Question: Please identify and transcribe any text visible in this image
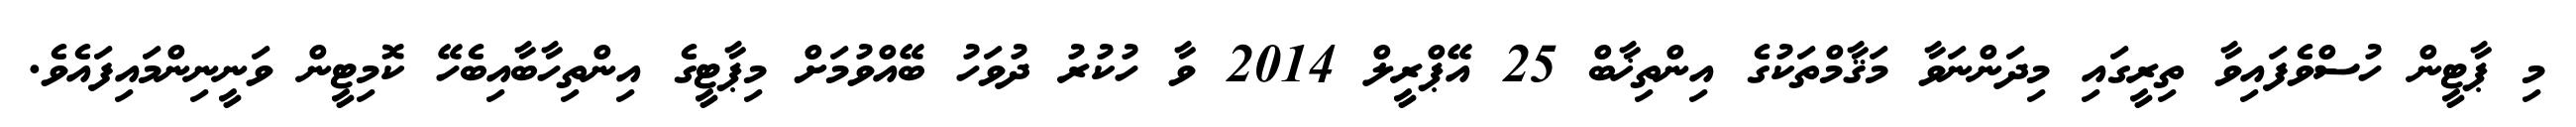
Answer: މި ޕާޓީން ހުސްވެފައިވާ ތިރީގައި މިދަންނަވާ މަޤާމްތަކުގެ އިންތިޚާބް 25 އޭޕްރީލް 2014 ވާ ހުކުރު ދުވަހު ބޭއްވުމަށް މިޕާޓީގެ އިންތިހާބާއިބެހޭ ކޮމިޓީން ވަނީނިންމައިފައެވެ.